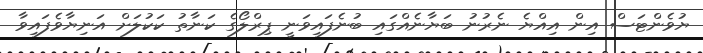
ޔުވެންޓަސް އިން އިއްޔެ ނެރުނު ބަޔާނެއްގައި ބުނެފައިވަނީ ޕިރްލޯގެ ކަނާތު ކަކުލަށް އަނިޔާވެފައިވާ